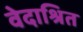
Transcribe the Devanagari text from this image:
वेदाश्रित